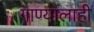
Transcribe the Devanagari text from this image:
गाण्यालाही